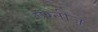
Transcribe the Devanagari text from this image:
एग्नीज